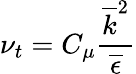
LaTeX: \nu_{t}=C_{\mu}\frac{\overline{{k}}^{2}}{\overline{{\epsilon}}}